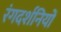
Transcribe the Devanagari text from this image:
रंगदर्शनियों